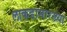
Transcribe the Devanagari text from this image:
लाकडासारख्या